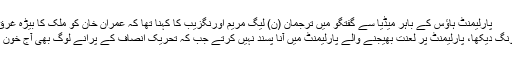
پارلیمنٹ ہاؤس کے باہر میڈیا سے گفتگو میں ترجمان (ن) لیگ مریم اورنگزیب کا کہنا تھا کہ عمران خان کو ملک کا بیڑہ غرق کرنے میں 23 سال لگے،
23 سال عوام نے آپ کا ڈھونگ دیکھا، پارلیمنٹ پر لعنت بھیجنے والے پارلیمنٹ میں آنا پسند نہیں کرتے جب کہ تحریک انصاف کے پرانے لوگ بھی آج خون کے آنسو رو رہے ہوں گے۔